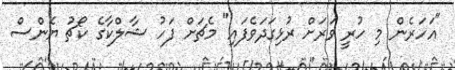
"އަހަރެން މި ހުރީ ވަރަށް ރުޅިގަދަވެފައި" މެޗަށް ފަހު ޝާލްކާގެ ކޯޗު ޔެންސް